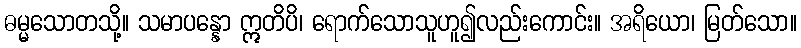
ဓမ္မသောတသို့။ သမာပန္နော ဣတိပိ၊ ရောက်သောသူဟူ၍လည်းကောင်း။ အရိယော၊ မြတ်သော။